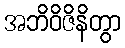
အဘိဝိဇိနိတွာ